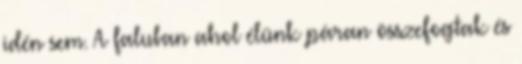
idén sem. A faluban ahol élünk páran összefogtak és